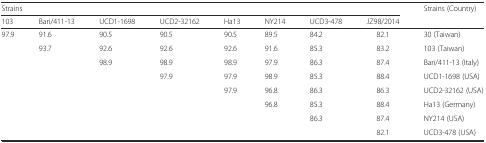
| <COLSPAN=8> Strains | <ROWSPAN=2> Strains (Country) |
 | 103 | Bari/411-13 | UCD1-1698 | UCD2-32162 | Ha13 | NY214 | UCD3-478 | JZ98/2014 |
 | --- | --- | --- | --- | --- | --- | --- | --- | --- |
 | 97.9 | 91.6 | 90.5 | 90.5 | 90.5 | 89.5 | 84.2 | 82.1 | 30 (Taiwan) |
 |  | 93.7 | 92.6 | 92.6 | 92.6 | 91.6 | 85.3 | 83.2 | 103 (Taiwan) |
 |  |  | 98.9 | 98.9 | 98.9 | 97.9 | 86.3 | 87.4 | Bari/411-13 (Italy) |
 |  |  |  | 97.9 | 97.9 | 98.9 | 85.3 | 88.4 | UCD1-1698 (USA) |
 |  |  |  |  | 97.9 | 96.8 | 86.3 | 86.3 | UCD2-32162 (USA) |
 |  |  |  |  |  | 96.8 | 85.3 | 88.4 | Ha13 (Germany) |
 |  |  |  |  |  |  | 86.3 | 87.4 | NY214 (USA) |
 |  |  |  |  |  |  |  | 82.1 | UCD3-478 (USA) |